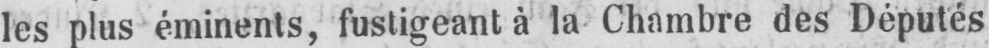
les plus éminents, fustigeant à la Chambre des Députés